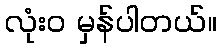
လုံးဝ မှန်ပါတယ်။